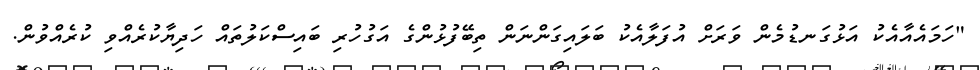
"ހަމައެއާއެކު އަޅުގަނޑުމެން ވަރަށް އުފަލާއެކު ބަލައިގަންނަން ތިބޭފުޅުންގެ އަގުހުރި ބައިސްކަލުތައް ހަދިޔާކުރެއްވި ކުރެއްވުން.